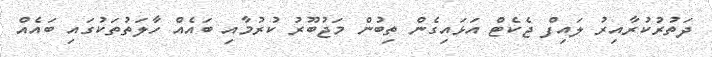
ދަތުރުކުރާއިރު ލައިފް ޖެކެޓް އަޅައިގެން ތިބުން މަޖުބޫރު ކުރުމާއި ބައެއް ހާލަތުތަކުގައި ބައެއް